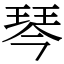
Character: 琴